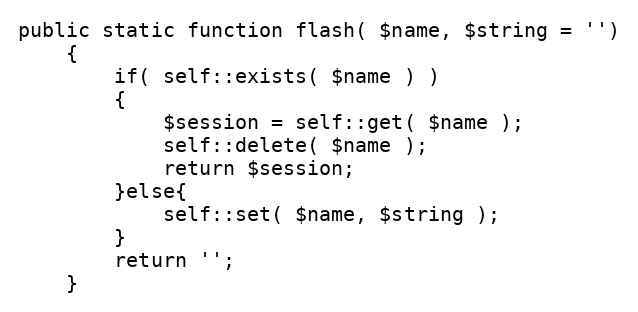
Language: PHP
public static function flash( $name, $string = '')
    {
        if( self::exists( $name ) )
        {
            $session = self::get( $name );
            self::delete( $name );
            return $session;
        }else{
            self::set( $name, $string );
        }
        return '';
    }